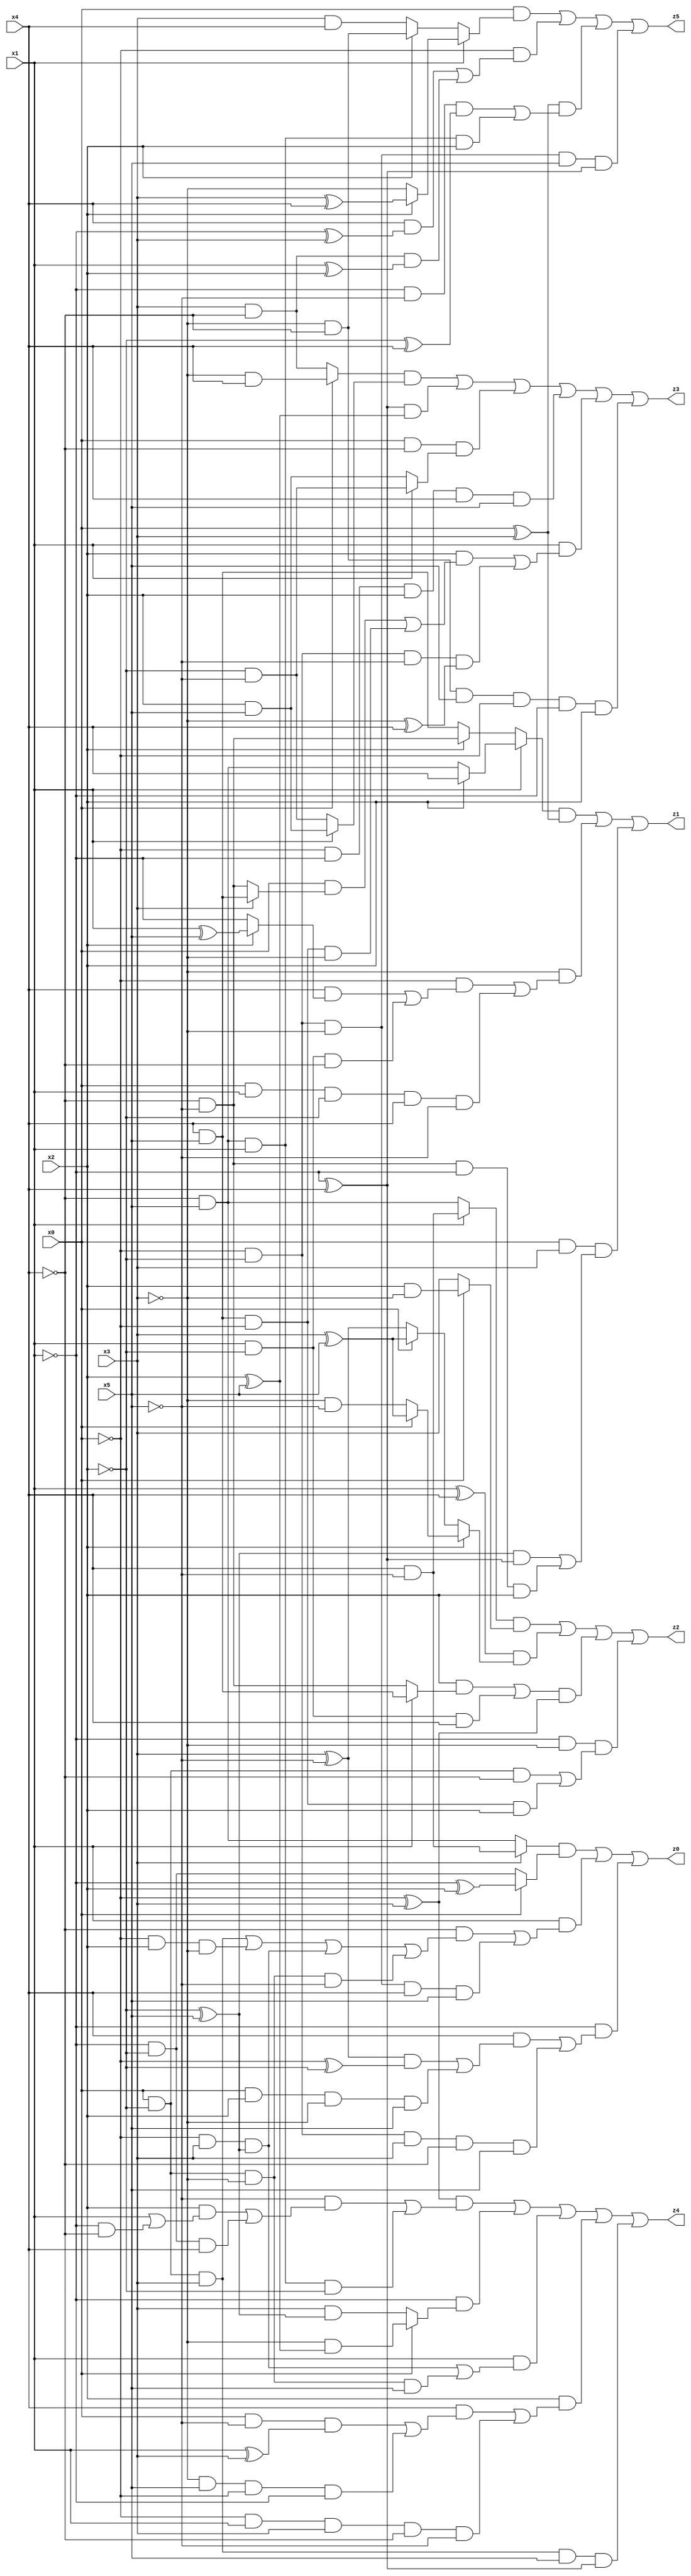
// Benchmark "X_41" written by ABC on Thu Jun 29 03:18:39 2023

module X_41 ( 
    x0, x1, x2, x3, x4, x5,
    z0, z1, z2, z3, z4, z5  );
  input  x0, x1, x2, x3, x4, x5;
  output z0, z1, z2, z3, z4, z5;
  assign z0 = ((x3 ? (x4 & ~x5) : (~x4 & x5)) & (x0 ? (~x1 ^ x2) : (~x1 & ~x2))) | (x1 & ((~x4 & ((x0 & ~x2 & x3) | (~x0 & x2 & ~x3) | (~x0 & x3 & (~x2 ^ x5)) | (x0 & ~x2 & ~x3 & ~x5))) | (~x0 & ~x2 & ~x3 & x4 & x5))) | (~x1 & ((x4 & (((x3 ^ ~x5) & (~x0 ^ ~x2)) | (x0 & x2 & ~x3 & x5))) | (~x0 & ~x2 & x3 & ~x4 & x5)));
  assign z1 = ((x1 ? (x2 ? x4 : (~x4 & x5)) : (x2 ? (~x4 & ~x5) : (x4 & x5))) & (x0 ^ x3)) | (~x3 & ((~x0 & ((x4 & (x2 ? (x1 ^ x5) : ~x1)) | (x1 & ~x2 & ~x4))) | (x0 & x1 & ~x2 & x4 & ~x5))) | (x0 & x3 & (((~x2 ^ x5) & (~x1 ^ x4)) | (~x4 & ~x5 & ~x1 & x2)));
  assign z2 = ((x1 ? (x4 & ~x5) : (~x4 & x5)) & (x0 ? (x2 & ~x3) : x3)) | ((x1 ^ x4) & (x2 ? (x0 ? (x3 ^ x5) : (~x3 & ~x5)) : (x0 ? (x3 ^ x5) : (x3 ^ ~x5)))) | (((x2 & (x1 ? (x4 & x5) : (~x4 & ~x5))) | (x1 & ~x2 & x4)) & (~x0 ^ x3)) | (~x1 & ~x3 & ((x0 & ~x2 & ~x4) | (x4 & x5 & ~x0 & x2)));
  assign z3 = ((x0 ? (~x3 & x4) : (x3 & ~x4)) & (x1 ? (x2 & x5) : (~x2 & ~x5))) | ((~x1 ^ x4) & (x2 ^ x5)) | (x0 & ~x4 & (x1 ? (~x2 & ~x5) : (x2 & x5))) | (~x0 & ~x1 & x2 & x4 & x5) | (x1 & ((x2 & ((x0 & (x3 ? (x4 & x5) : (~x4 & ~x5))) | (x4 & x5 & ~x0 & ~x3))) | (~x0 & ~x2 & ~x5 & (~x3 ^ x4)))) | (~x3 & ~x4 & x5 & ~x0 & ~x1 & x2);
  assign z4 = ((~x0 ^ x3) & ((~x5 & ((x2 & (x1 | (~x1 & ~x4))) | (~x1 & ~x2 & x4))) | (~x4 & x5 & x1 & ~x2))) | (~x1 & (x0 ? (~x3 & (x2 ^ x5)) : (x3 & (~x2 ^ x5)))) | (x1 & ((~x0 & x3 & (~x2 ^ x5)) | (x0 & ~x2 & ~x3 & x5))) | (x2 & ((x4 & ((x0 & ~x5 & (x1 ^ x3)) | (~x3 & x5 & ~x0 & ~x1))) | (~x0 & x1 & x3 & ~x4 & ~x5))) | (x0 & ~x2 & x3 & x5 & (~x1 ^ x4));
  assign z5 = (x0 & (x1 ? (x2 ? (x3 ^ x4) : ~x3) : (x2 ? (~x3 & ~x4) : (x3 & x4)))) | (~x0 & ((x4 & (~x1 ^ x3)) | (x3 & ~x4 & (x1 ^ x2)))) | ((x0 ^ x3) & ((~x1 & ~x5 & (~x2 ^ x4)) | (~x4 & x5 & x1 & x2))) | (~x0 & ~x2 & ~x3 & x5 & (~x1 ^ x4));
endmodule